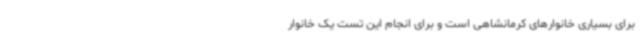
برای بسیاری خانوارهای کرمانشاهی است و برای انجام این تست یک خانوار